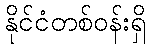
နိုင်ငံတစ်ဝန်းရှိ